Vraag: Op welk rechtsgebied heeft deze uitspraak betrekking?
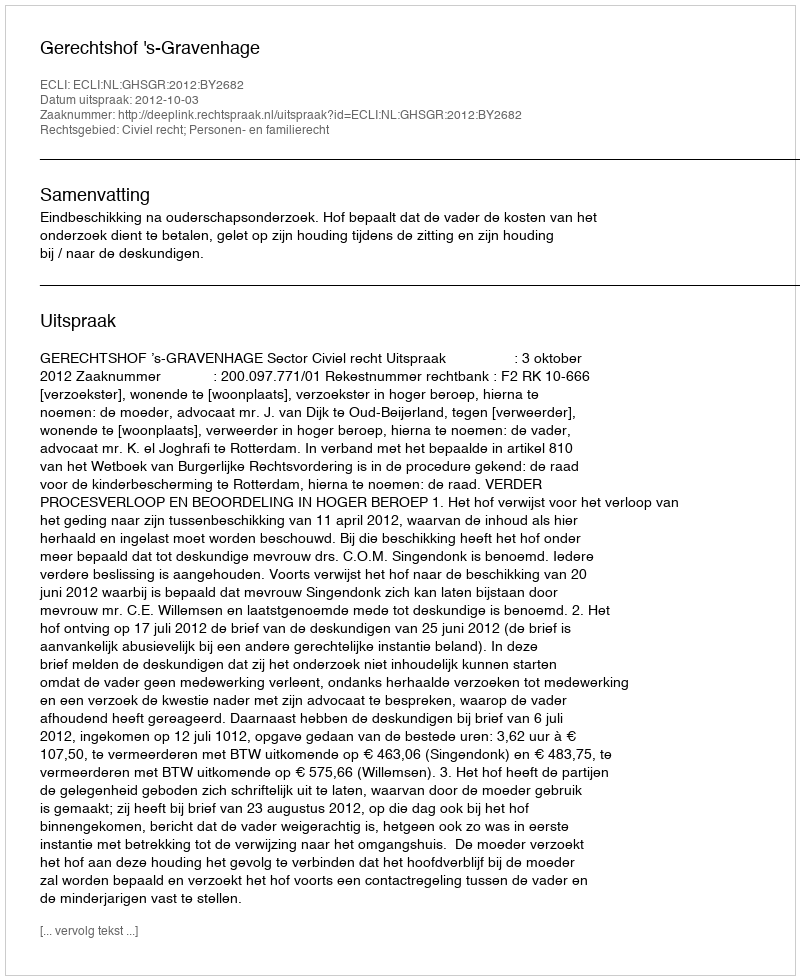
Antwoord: Civiel recht; Personen- en familierecht